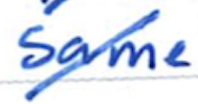
Text: same
Cross-out: diagonal
Writing tool: ballpoint